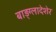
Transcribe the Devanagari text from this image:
बाड़्ग्लादेशेर